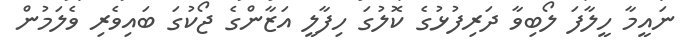
ނައީމާ ހީލާފަ ލޯބިވާ ދަރިފުޅުގެ ކޮލުގަ ހިފާލީ އަޒާންގެ ޖޯކުގަ ބައިވެރި ވެލަމުން